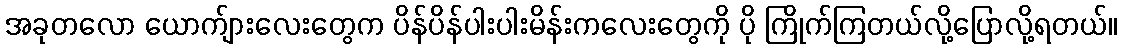
အခုတလော ယောက်ျားလေးတွေက ပိန်ပိန်ပါးပါးမိန်းကလေးတွေကို ပို ကြိုက်ကြတယ်လို့ပြောလို့ရတယ်။